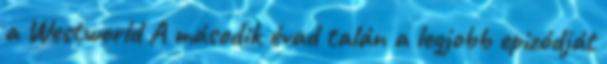
a Westworld A második évad talán a legjobb epizódját